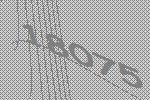
18075